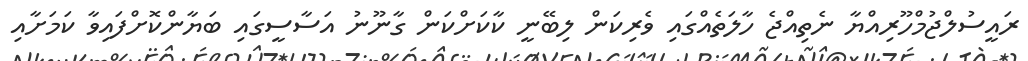
ރައީސުލްޖުމްހޫރިއްޔާ ނެތިއްޖެ ހާލަތެއްގައި ވެރިކަން ލިބޭނީ ކާކަށްކަން ގާނޫނު އަސާސީގައި ބަޔާންކޮށްފައިވާ ކަމަށާއި